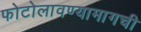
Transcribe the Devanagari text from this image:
फोटोलावण्यामागची